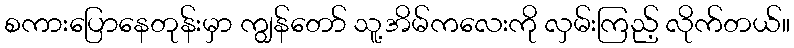
စကားပြောနေတုန်းမှာ ကျွန်တော် သူ့အိမ်ကလေးကို လှမ်းကြည့် လိုက်တယ်။